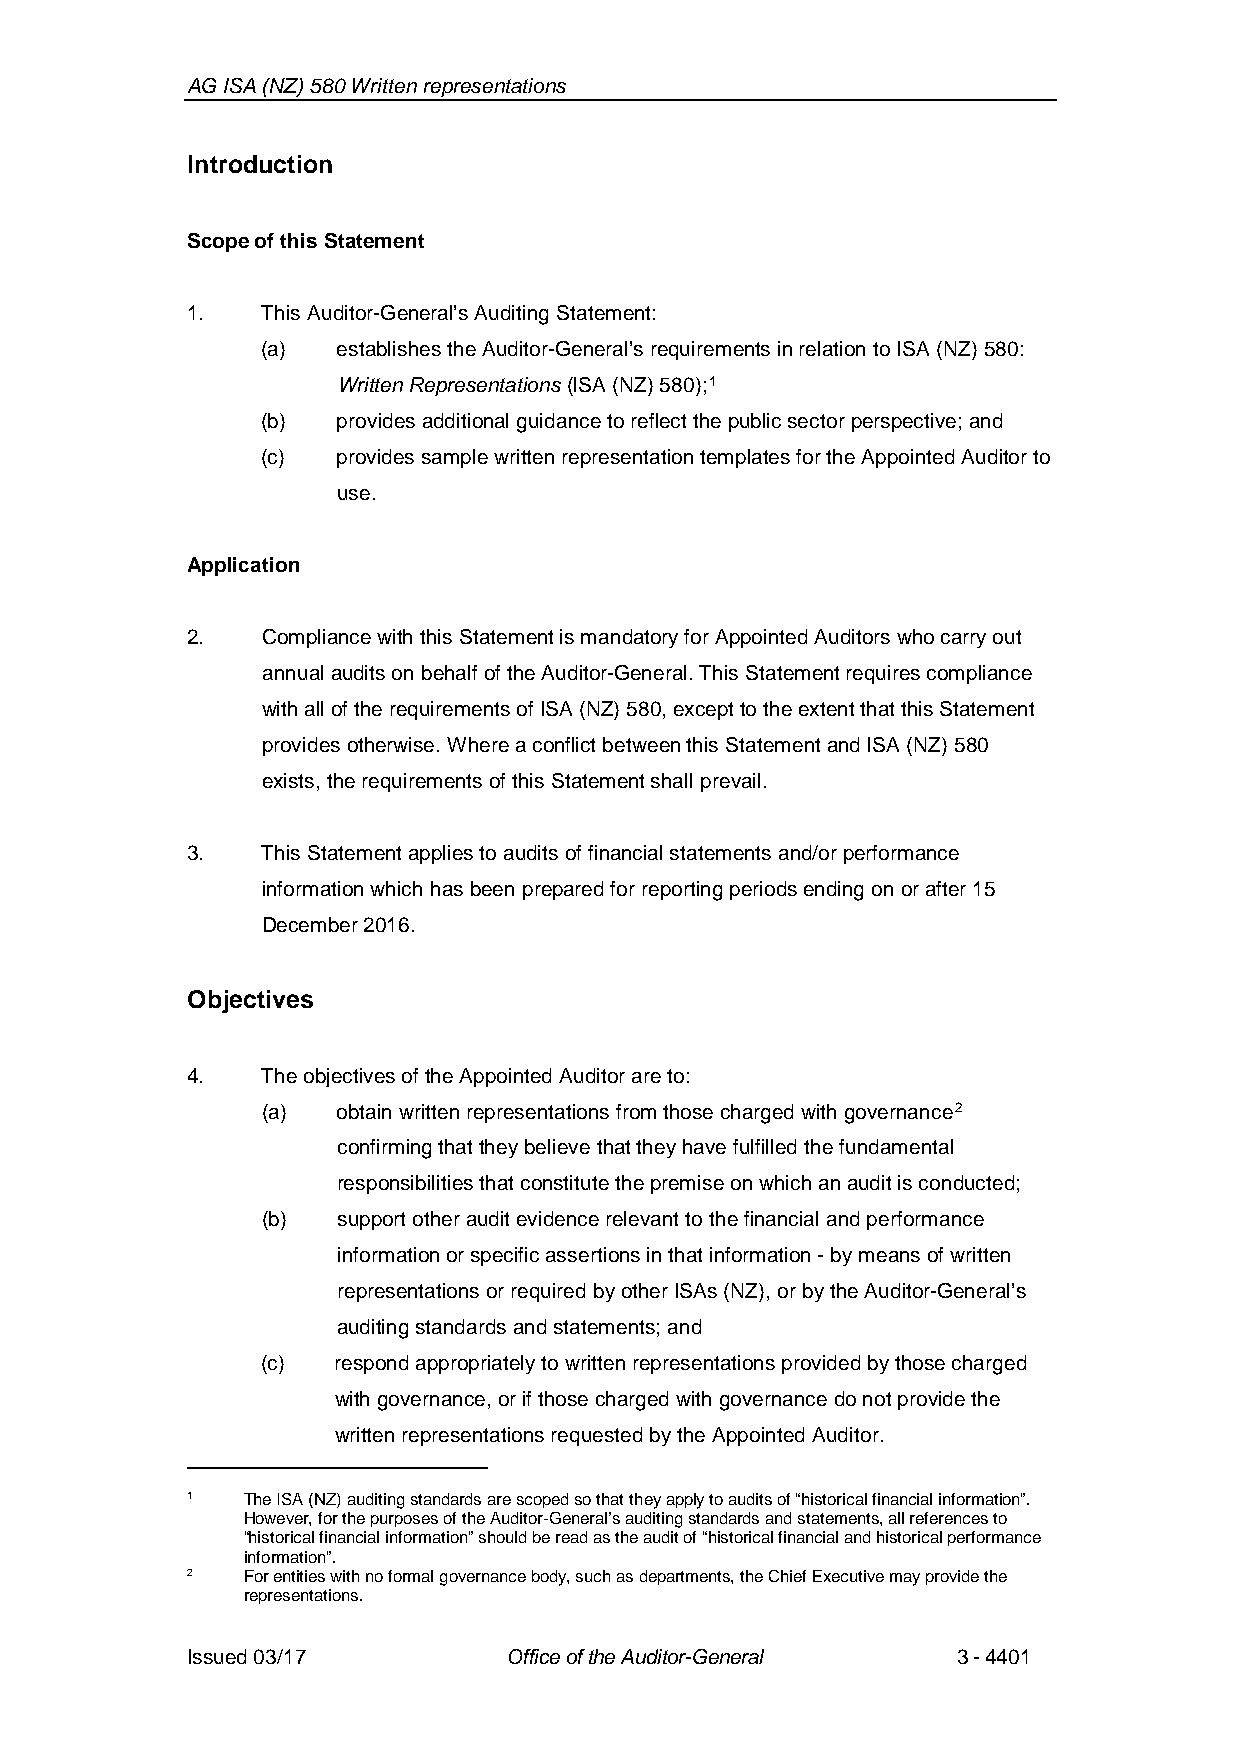
AG ISA (NZ) 580 Written representations
 Introduction
 Scope of this Statement
 1.   This Auditor-General’s Auditing Statement:
 (a)  establishesthe Auditor-General’s requirements in relation to ISA (NZ) 580:
 Written Representations(ISA (NZ) 580);1
 (b)  providesadditional guidance to reflect the public sector perspective; and
 (c)  provides sample written representation templates for the Appointed Auditor to
 use.
 Application
 2.   Compliance with this Statement is mandatory for Appointed Auditors who carry out
 annual audits on behalf of the Auditor-General. This Statement requires compliance
 with all of the requirements of ISA (NZ) 580, except to the extent that this Statement
 provides otherwise. Where a conflict between this Statement and ISA (NZ) 580
 exists, the requirements of this Statement shall prevail.
 3.   This Statement applies to audits of financial statements and/or performance
 information which has been prepared for reporting periodsending on or after15
 December 2016.
 Objectives
 4.   The objectives of the Appointed Auditor areto:
 (a)  obtain written representations from those charged with governance2
 confirming that theybelieve that they have fulfilledthe fundamental
 responsibilities that constitute the premise on which an audit is conducted;
 (b)  support other audit evidence relevant to the financial and performance
 information or specificassertions in that information-by means of written
 representations or required by other ISAs (NZ),or by the Auditor-General’s
 auditing standards and statements; and
 (c)  respond appropriately to written representations provided by those charged
 withgovernance,or if those charged with governance do not provide the
 writtenrepresentations requested by the Appointed Auditor.
 1   The ISA (NZ) auditing standards are scoped so that they apply to audits of “historicalfinancial information”.
 However, for the purposes of the Auditor-General’s auditing standards and statements,all references to
 “historicalfinancial information” should be read as the audit of “historicalfinancial and historical performance
 information”.
 2   For entities with no formal governance body, such as departments, the Chief Executive may provide the
 representations.
 Issued 03/17         Office of the Auditor-General 3-4401